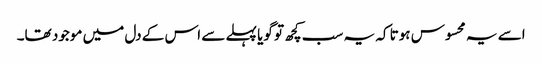
اسے یہ محسوس ہوتا کہ یہ سب کچھ تو گویا پہلے سے اس کے دل میں موجود تھا۔